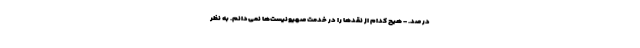
در صد. - هیچ کدام از نقدها را در خدمت صهیونیست‌ها نمی‌دانم. به نظر